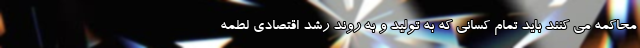
محاکمه می کنند باید تمام کسانی که به تولید و به روند رشد اقتصادی لطمه